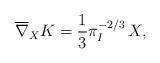
LaTeX: \begin{align*}\overline{\nabla}_XK =\frac{1}{3}{\pi}_I^{-2/3} \,X,\end{align*}